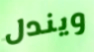
ويندل